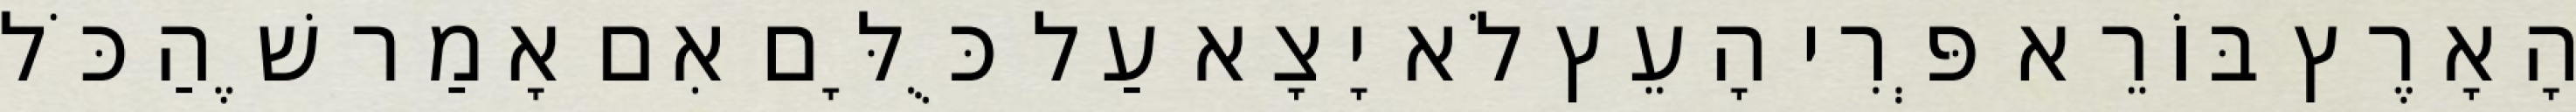
הָאָרֶץ בּוֹרֵא פְּרִי הָעֵץ לֹא יָצָא עַל כֻּלָּם אִם אָמַר שֶׁהַכֹּל